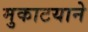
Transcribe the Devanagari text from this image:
मुकाटयाने